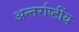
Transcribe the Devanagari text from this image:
अन्तर्राष्टींय